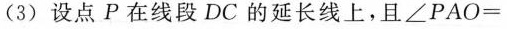
(3) 设点 P 在线段 DC 的延长线上，且 $$∠ P A O =